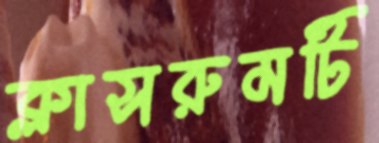
ক্লাসরুমটি